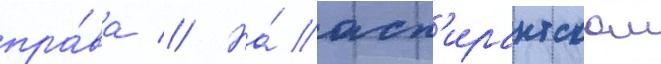
пра́ва // На́ асп'ирантском